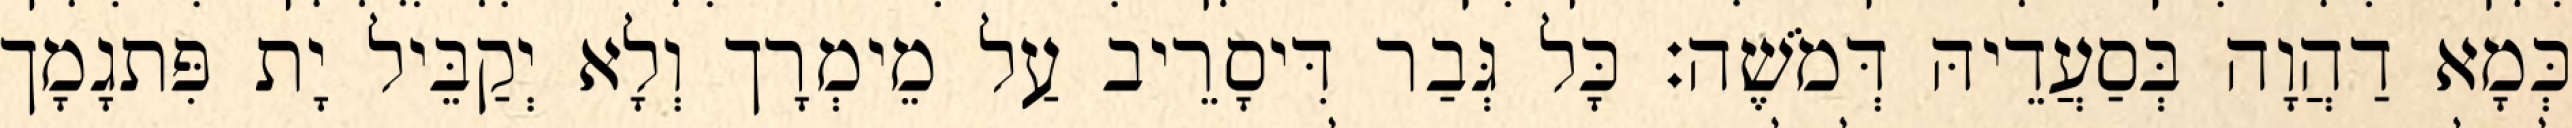
כְּמָא דַהֲוָה בְּסַעֲדֵיהּ דְּמֹשֶׁה׃ כָּל גְּבַר דִּיסָרֵיב עַל מֵימְרָך וְלָא יְקַבֵּיל יָת פִּתגָמָך